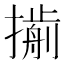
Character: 𢵏